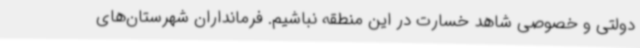
دولتی و خصوصی شاهد خسارت در این منطقه نباشیم. فرمانداران شهرستان‌های